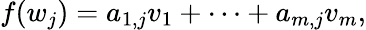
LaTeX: f(w_{j})=a_{1,j}v_{1}+\cdots+a_{m,j}v_{m},